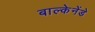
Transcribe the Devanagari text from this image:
बाल्केनेंडे